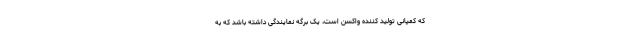
که کمپانی تولید کننده واکسن است، یک برگه نمایندگی داشته باشد که به